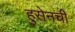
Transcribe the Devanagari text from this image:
हुसेनची